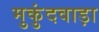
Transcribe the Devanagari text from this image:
मुकुंदवाड़ा